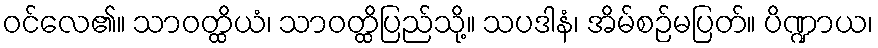
ဝင်လေ၏။ သာဝတ္ထိယံ၊ သာဝတ္ထိပြည်သို့။ သပဒါနံ၊ အိမ်စဉ်မပြတ်။ ပိဏ္ဍာယ၊